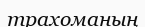
трахоманың